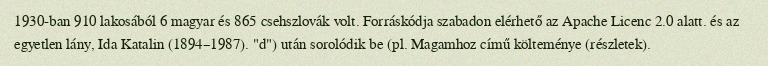
1930-ban 910 lakosából 6 magyar és 865 csehszlovák volt. Forráskódja szabadon elérhető az Apache Licenc 2.0 alatt. és az egyetlen lány, Ida Katalin (1894–1987). "d") után sorolódik be (pl. Magamhoz című költeménye (részletek).